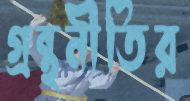
গ্রন্থনীতির